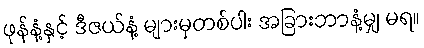
ဖုန်နံ့နှင့် ဒီဇယ်နံ့ များမှတစ်ပါး အခြားဘာနံ့မျှ မရ။